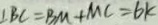
\angle B C = B M + M C = 6 k